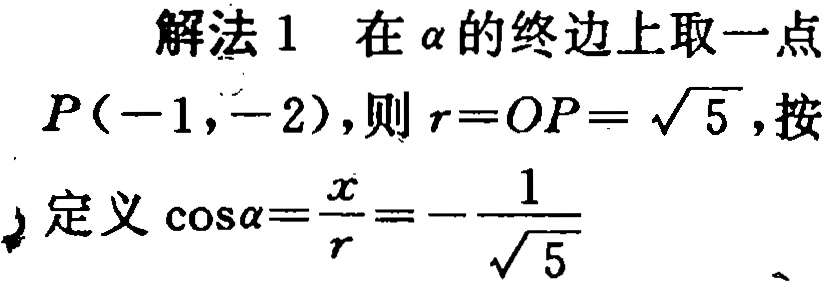
解法 1 在\(\alpha\)的终边上取一点\(P(-1,-2)\)，则\(r = OP=\sqrt{5}\)，按定义\(\cos\alpha=\frac{x}{r}=-\frac{1}{\sqrt{5}}\)